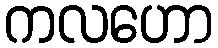
ကလဟော